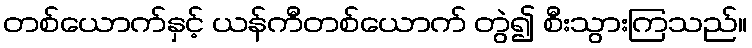
တစ်ယောက်နှင့် ယန်ကီတစ်ယောက် တွဲ၍ စီးသွားကြသည်။